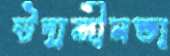
উদাসীনতা